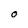
Character: O